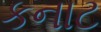
કનાટ